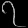
Digit: ၇